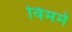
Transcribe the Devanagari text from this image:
विममे